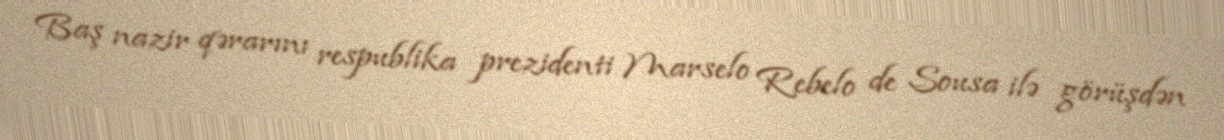
Baş nazir qərarını respublika prezidenti Marselo Rebelo de Sousa ilə görüşdən